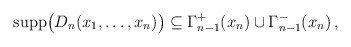
\begin{align*}\hbox{supp}\big(D_{n}(x_{1},\ldots ,x_{n})\big)\subseteq \Gamma^{+}_{n-1}(x_{n}) \cup \Gamma^{-}_{n-1}(x_{n})\, ,\end{align*}